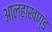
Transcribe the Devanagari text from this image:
आल्हाखण्ड